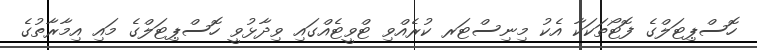
ހޮސްޕިޓަލްގެ ފޮޓޯތަކަކާ އެކު މިނިސްޓަރ ކުރެއްވި ޓްވީޓެއްގައި ވިދާޅުވީ ހޮސްޕިޓަލްގެ މައި އިމާރާތުގެ